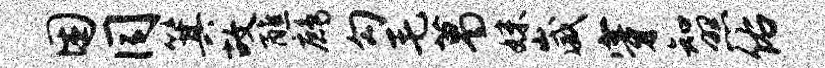
困同箕故醮鹧勾毛葛妹崴穿知照佑